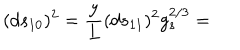
( d s _ { 1 0 } ) ^ { 2 } = \frac { y } { L } ( d s _ { 1 1 } ) ^ { 2 } g _ { s } ^ { 2 / 3 } =